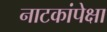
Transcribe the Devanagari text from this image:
नाटकांपेक्षा